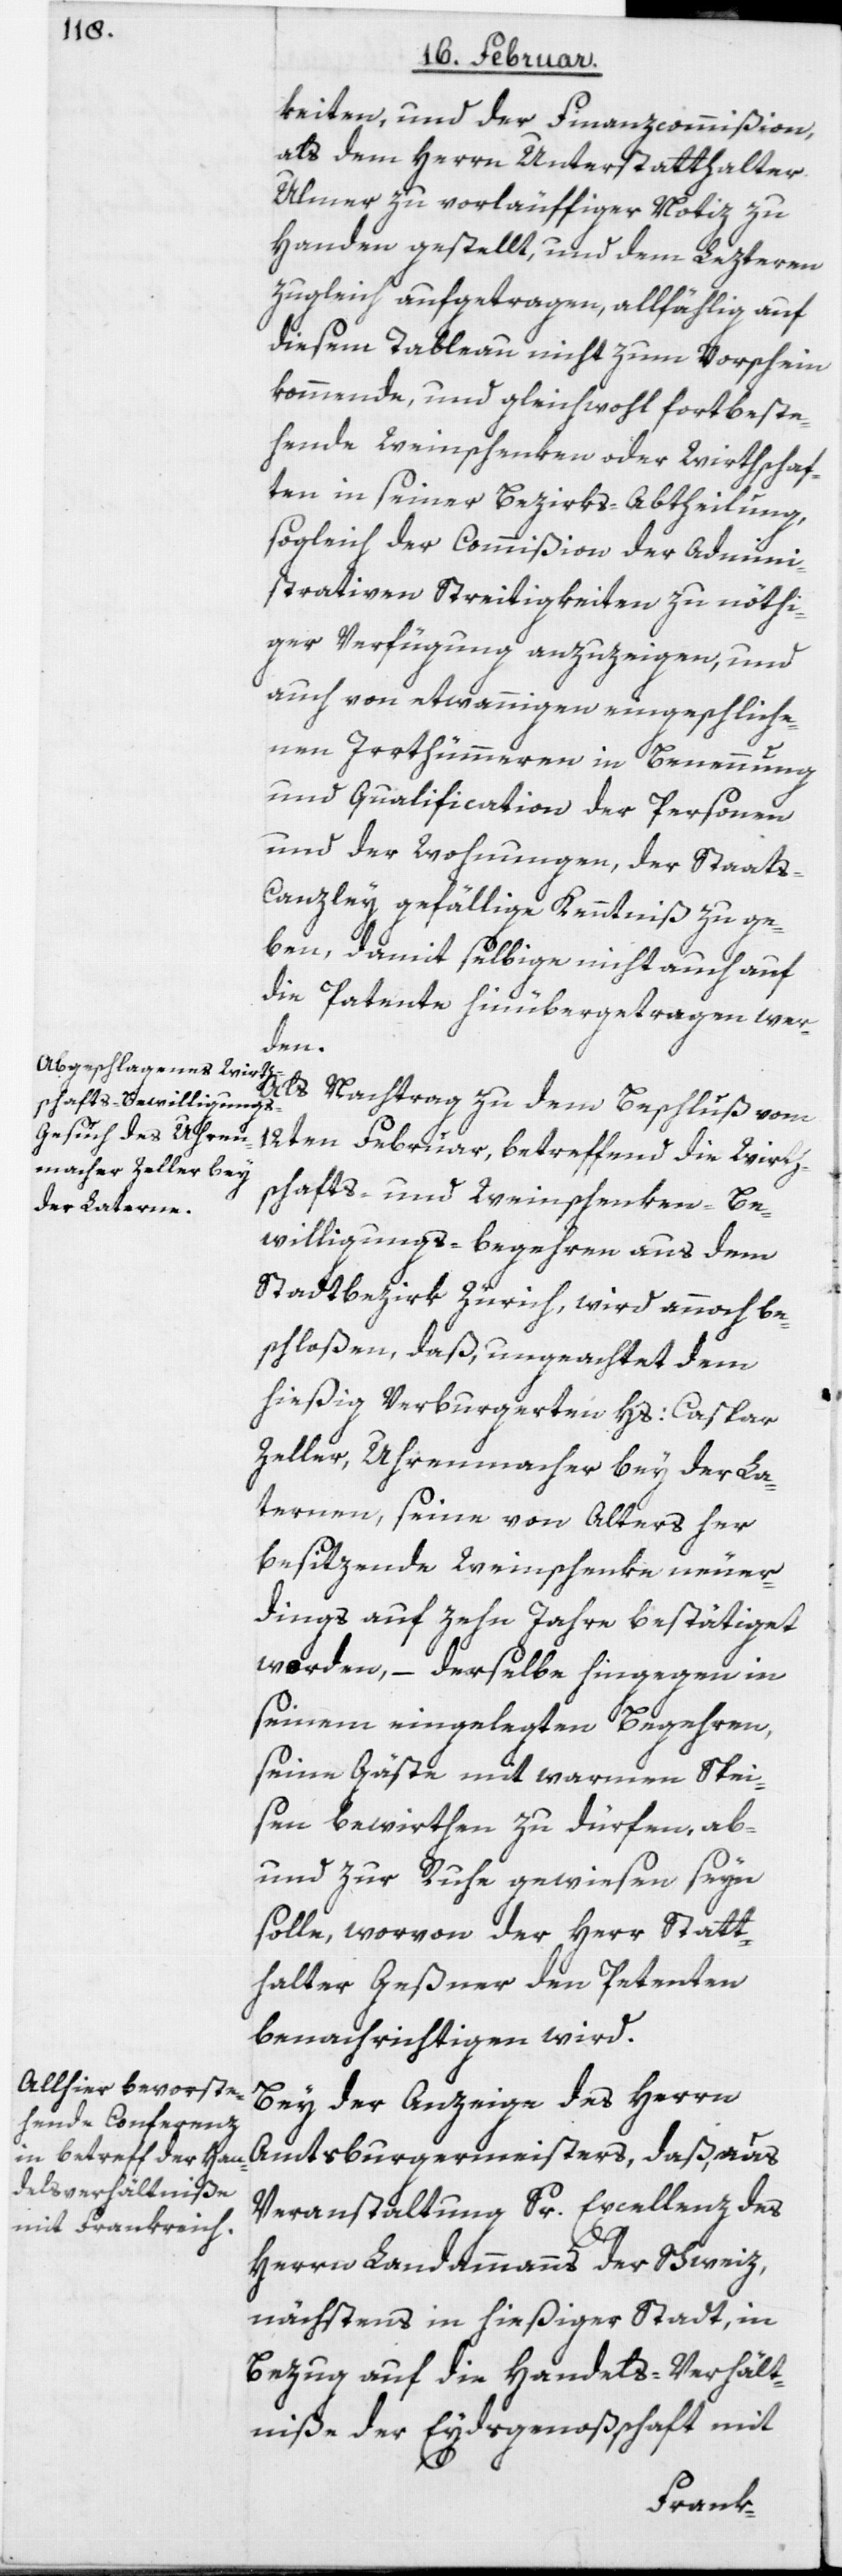
keiten, und der Finanzcommißion,
als dem Herrn Unterstatthalter
Ulmer zu vorläuffiger Notiz zu
Handen gestellt, und dem Lezteren
zugleich aufgetragen, allfählig auf
diesem Tableau nicht zum Vorschein
kommende, und gleichwohl fortbeste¬
hende Weinschenken oder Wirthschaf¬
ten in seiner Bezirks-Abtheilung,
sogleich der Commißion der admini¬
strativen Streitigkeiten zu nöthi¬
ger Verfügung anzuzeigen, und
auch von etwannigen eingeschliche¬
nen Irrthümmeren in Benennung
und Qualification der Personen
und der Wohnungen, der Staats-C¬
anzley gefällige Kenntniß zu ge¬
ben, damit selbige nicht auch auf
die Patente hinübergetragen wer¬
den.
Als Nachtrag zu dem Beschluß vom
12ten Februar, betreffend die Wirth¬
schafts- und Weinschenken-Be¬
willigungs-Begehren aus dem
Stadtbezirk Zürich, wird annoch be¬
schloßen, daß, ungeachtet dem
hießig Verburgerten Hs: Caspar
Zeller, Uhrenmacher bey der La¬
ternen, seine von Alters her
besitzende Weinschenke neuer¬
dings auf zehn Jahre bestätiget
worden, – derselbe hingegen in
seinem eingelegten Begehren,
seine Gäste mit warmen Spei¬
sen bewirthen zu dürfen, ab-
und zur Ruhe gewiesen seyn
solle, worvon der Herr Statt¬
halter Geßner den Petenten
benachrichtigen wird.
Bey der Anzeige des Herrn
Amtsburgermeisters, daß, aus
Veranstaltung Sr. Excellenz des
Herrn Landammanns der Schweiz,
nächstens in hießiger Stadt, in
Bezug auf die Handels-Verhält¬
niße der Eydsgenoßschaft mit